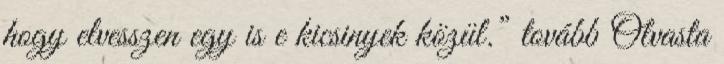
hogy elvesszen egy is e kicsinyek közül.” tovább Olvasta